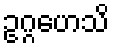
ဥဂ္ဂဟေသိ